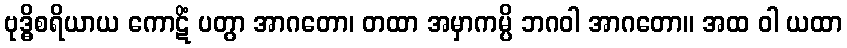
ဗုဒ္ဓိစရိယာယ ကောဋိံ ပတွာ အာဂတော၊ တထာ အမှာကမ္ပိ ဘဂဝါ အာဂတော။ အထ ဝါ ယထာ